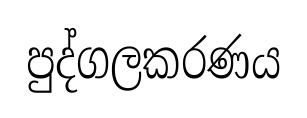
පුද්ගලකරණය